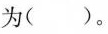
为()。